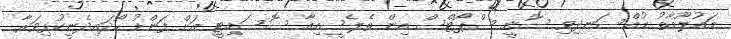
މައުލޫމާތު މުއްސަނދިވި ސޮނީ ސްޕޯޓްސް އިން ތެލެސީމިއާ ސޮސައިޓީ އަށް ފަންޑު ހޯދައިދެނީކުޅިވަރާ